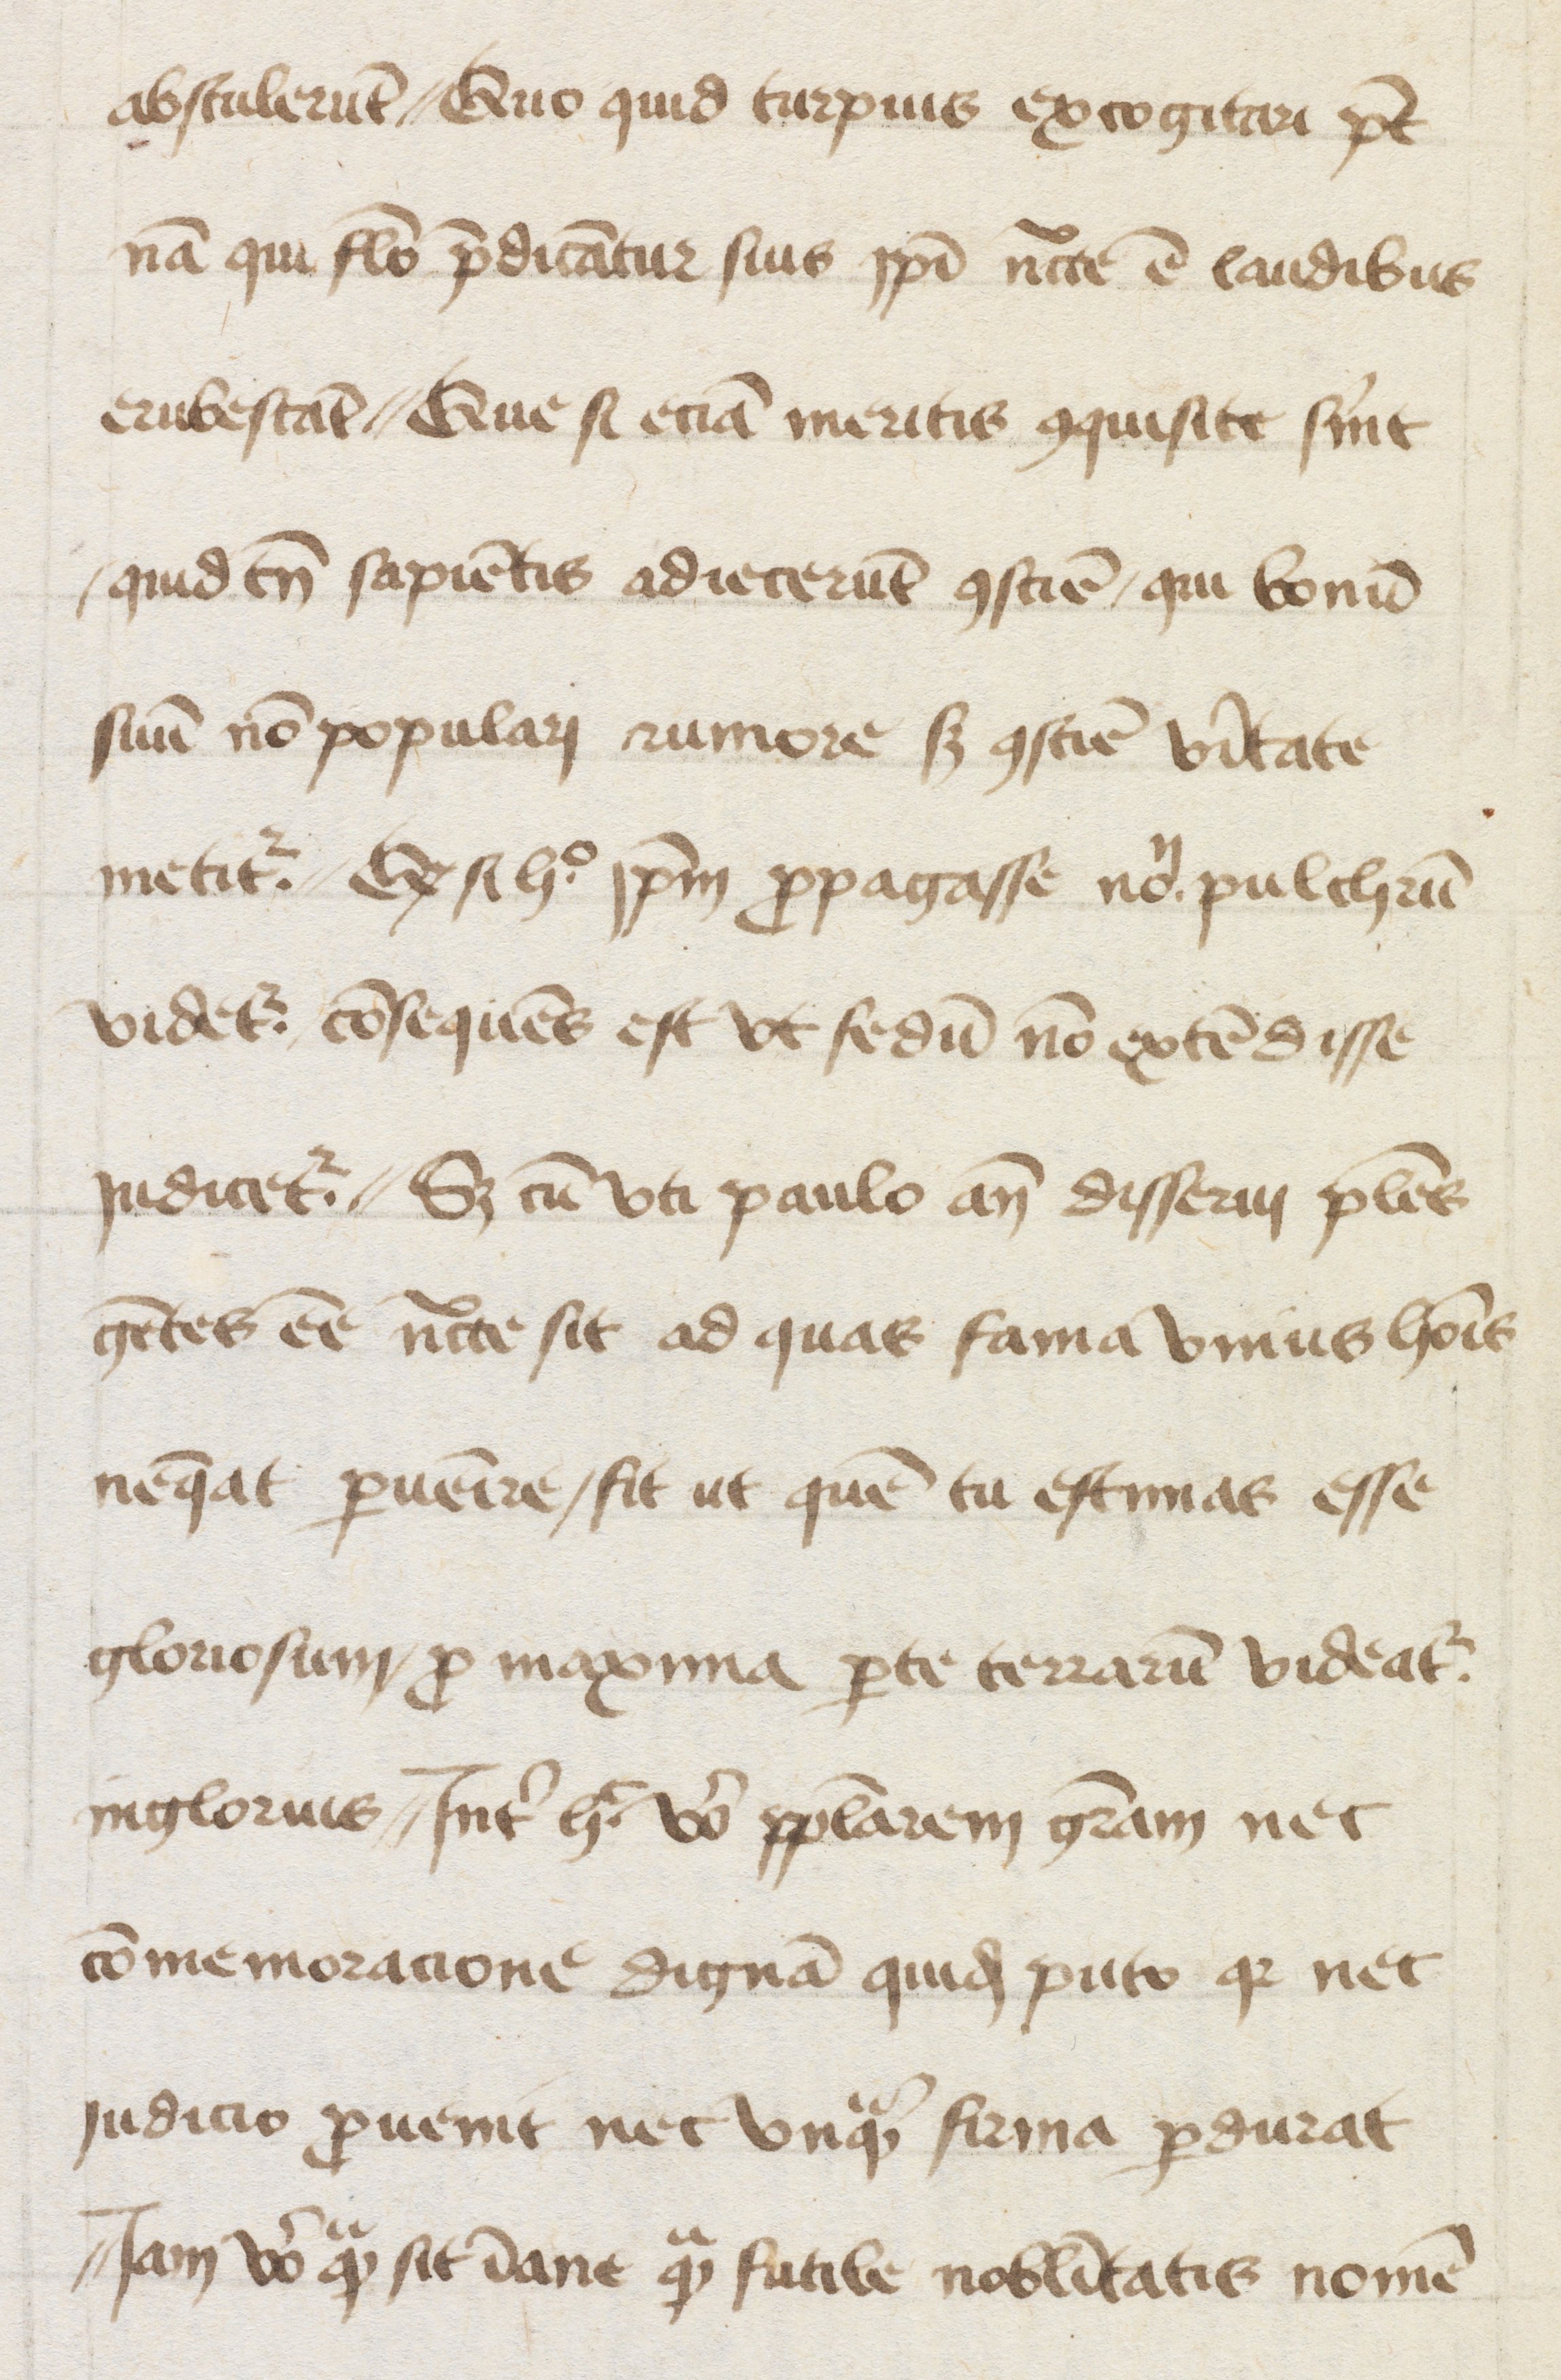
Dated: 1447–1447